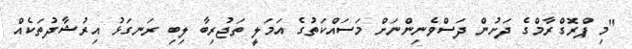
"މި ޕްރޮގްރާމްގެ ދަށުން ދަސްވެނިންނަށް މަސައްކަތުގެ އަމަލީ ތަޖުރިބާ ލިބި ރަނގަޅު އިރުޝާދުތަކެއް